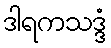
ဒါရကသဒ္ဒံ